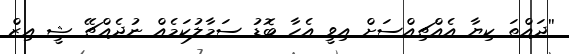
''ދައްތަ ކިޔާ އެއްޗިއްސަށް އިވީ އެހާ ބޮޑު ސަމާލުކަމެއް ނުދެއްޗޭ ޝީ އިޒް